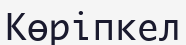
Көріпкел